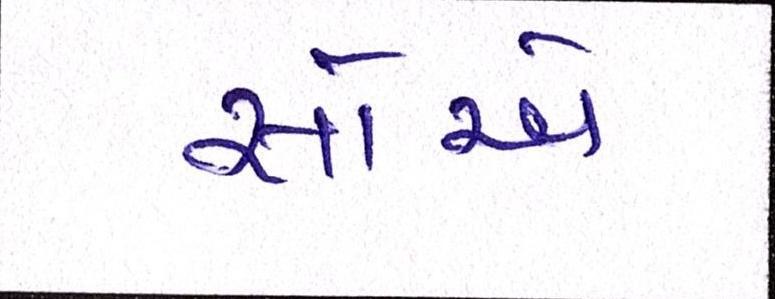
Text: સોએ